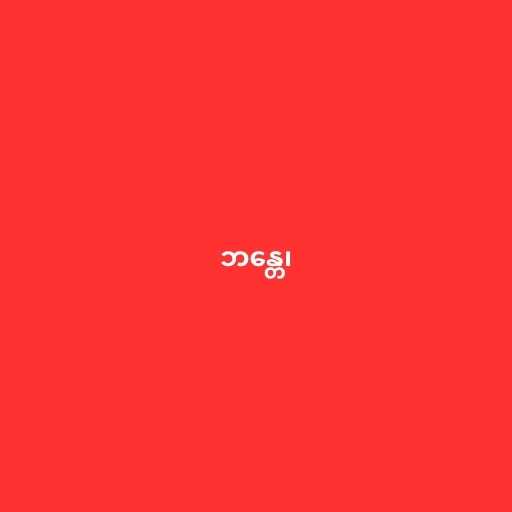
ဘန္တေ၊